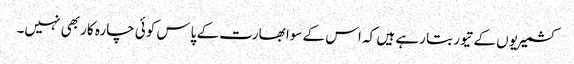
کشمیریوں کے تیور بتا رہے ہیں کہ اس کے سوا بھارت کے پاس کوئی چارہ کار بھی نہیں۔